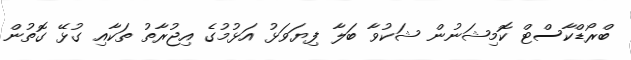
ބްރޯޑްކާސްޓް ކޮމިޝަނުން ޝަކުވާ ބަލާ ފިޔަވަޅު އަޅުމުގެ އިޖުރާތު ތަކާއި ގުޅޭ ގޮތުން